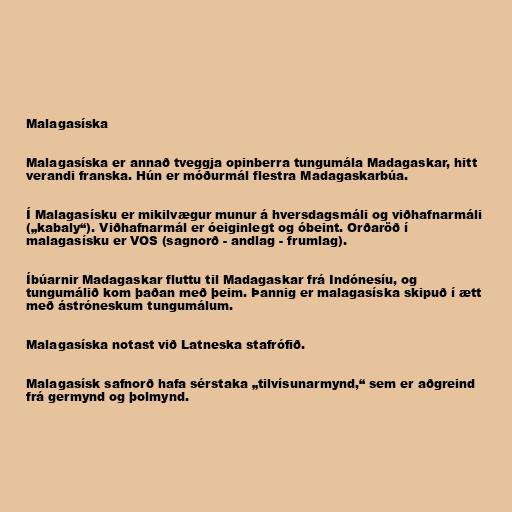
Malagasíska

Malagasíska er annað tveggja opinberra tungumála Madagaskar, hitt
verandi franska. Hún er móðurmál flestra Madagaskarbúa.

Í Malagasísku er mikilvægur munur á hversdagsmáli og viðhafnarmáli
(„kabaly“). Viðhafnarmál er óeiginlegt og óbeint. Orðaröð í
malagasísku er VOS (sagnorð - andlag - frumlag).

Íbúarnir Madagaskar fluttu til Madagaskar frá Indónesíu, og
tungumálið kom þaðan með þeim. Þannig er malagasíska skipuð í ætt
með ástróneskum tungumálum.

Malagasíska notast við Latneska stafrófið.

Malagasísk safnorð hafa sérstaka „tilvísunarmynd,“ sem er aðgreind
frá germynd og þolmynd.